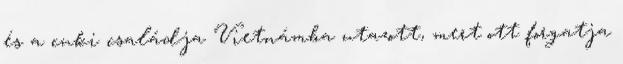
és a cuki családja Vietnámba utazott, mert ott forgatja